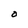
Character: O